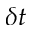
\delta t